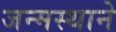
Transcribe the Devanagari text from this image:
जन्मस्थाने